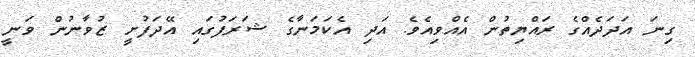
ގިނަ އަދަދެއްގެ ރައްޔިތުން އެއްވިއެވެ. އަދި އެކަމަނާގެ ޝަރަފުގައި އޭދަފުށީ ޒުވާނުން ވަނީ